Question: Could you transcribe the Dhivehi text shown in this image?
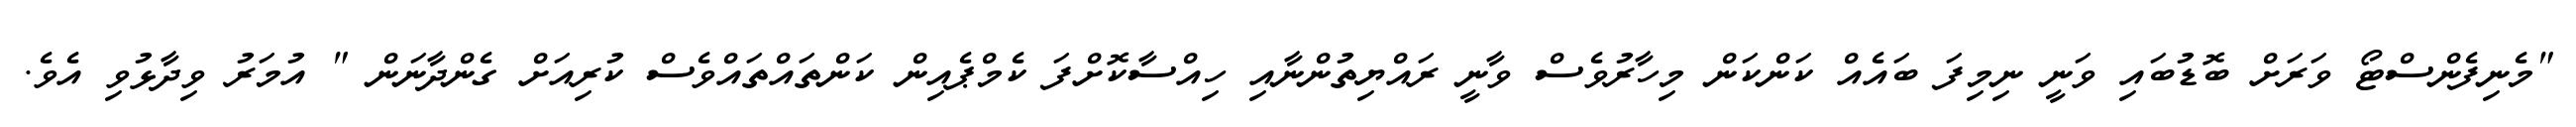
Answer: "މެނިފެންސްޓޯ ވަރަށް ބޮޑުބައި ވަނީ ނިމިފަ ބައެއް ކަންކަން މިހާރުވެސް ވާނީ ރައްޔިތުންނާއި ހިއްސާކޮށްފަ ކެމްޕެއިން ކަންތައްތައްވެސް ކުރިއަށް ގެންދާނަން " އުމަރު ވިދާޅުވި އެވެ.